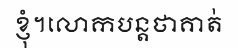
ខ្ញុំ។លោកបន្តថាគាត់